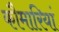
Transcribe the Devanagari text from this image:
कौमारियां